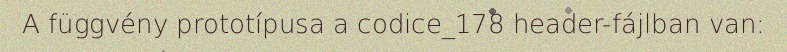
A függvény prototípusa a codice_178 header-fájlban van: